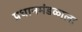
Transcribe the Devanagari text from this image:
प्रधानमंडळाला